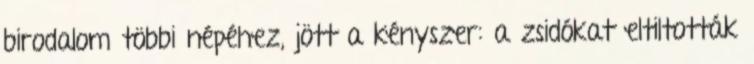
birodalom többi népéhez, jött a kényszer: a zsidókat eltiltották